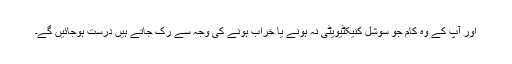
اور آپ کے وہ کام جو سوشل کنیکٹیویٹی نہ ہونے یا خراب ہونے کی وجہ سے رک جاتے ہیں درست ہوجائیں گے۔